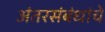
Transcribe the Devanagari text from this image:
अंतरसंबंधांचे